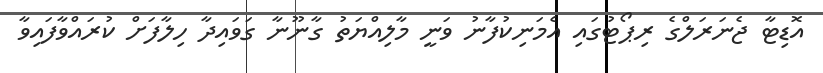
އޮޑިޓާ ޖެނަރަލްގެ ރިޕޯޓުގައި އެމަނިކުފާނު ވަނީ މާލިއްޔަތު ގާނޫނާ ގަވައިދާ ހިލާފަށް ކުރައްވާފައިވާ